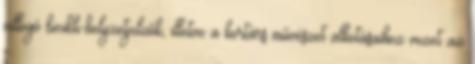
villogó bicikli-helyzetjelzők, illetve a kortárs művészet alkotásaihoz vezet az